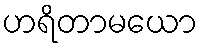
ဟရိတာမယော